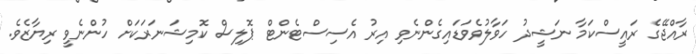
ރާއްޖޭގެ ރައީސްކަމާ ނަޝީދު ހަވާލުވެވަޑައިގެންނެވި އިރު އެސިސްޓެންޓް ޕޮލިސް ކޮމިޝަނަރަކަށް ހުންނެވީ ރިޔާޒެވެ.